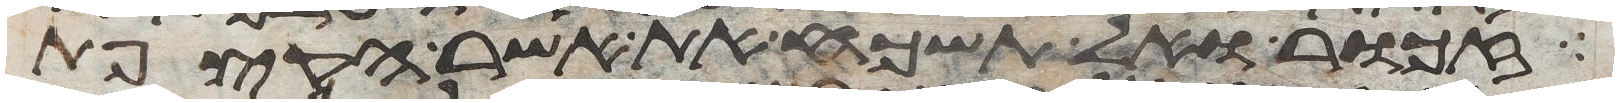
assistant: זכור ואל תשכח את אשר הקצפת